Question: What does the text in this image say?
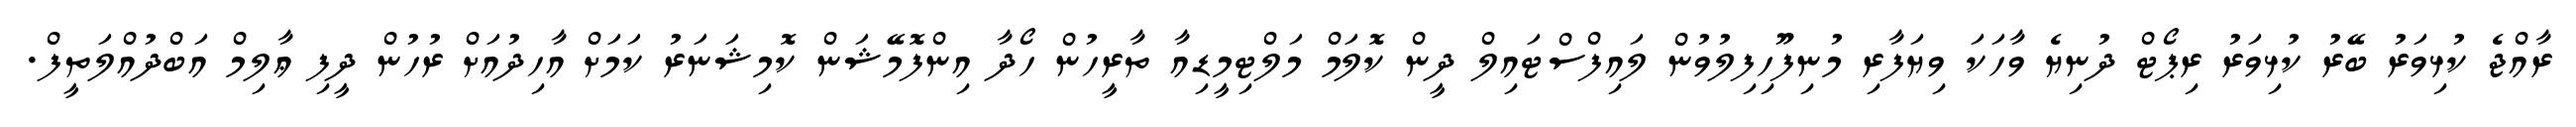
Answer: ރާއްޖެ ކުޅިވަރު ބޭރު ކުޅިވަރު ރިޕޯޓް ދުނިޔެ ވާހަކަ ވިޔަފާރި މުނިފޫހިފިލުވުން ލައިފްސްޓައިލް ދީން ކޮލަމް މަލްޓިމީޑިއާ ތާރީހުން ހޯދާ އިންފޮމޭޝަން ކޮމިޝަނަރު ކަމަށް އާހިދުއަށް ރުހުން ދީފި ޢާލިމް އަބްދުއްލަތީފް.